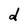
Character: d